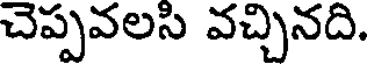
చెప్పవలసి వచ్చినది.